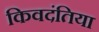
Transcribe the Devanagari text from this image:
किवदंतिया